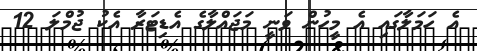
އެ ހަމަލާގައި އެ މީހުން ވަނީ މަޖައްލާގެ އެޑިޓަރާ އެކު ޖުމްލަ 12